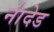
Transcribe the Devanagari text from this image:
ना॑देड